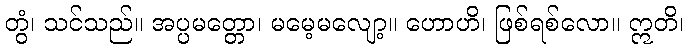
တွံ၊ သင်သည်။ အပ္ပမတ္တော၊ မမေ့မလျော့။ ဟောဟိ၊ ဖြစ်ရစ်လော။ ဣတိ၊